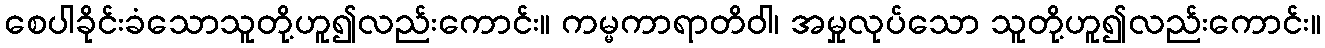
စေပါခိုင်းခံသောသူတို့ဟူ၍လည်းကောင်း။ ကမ္မကာရာတိဝါ၊ အမှုလုပ်သော သူတို့ဟူ၍လည်းကောင်း။